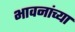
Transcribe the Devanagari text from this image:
भावनांच्या